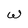
Character: W